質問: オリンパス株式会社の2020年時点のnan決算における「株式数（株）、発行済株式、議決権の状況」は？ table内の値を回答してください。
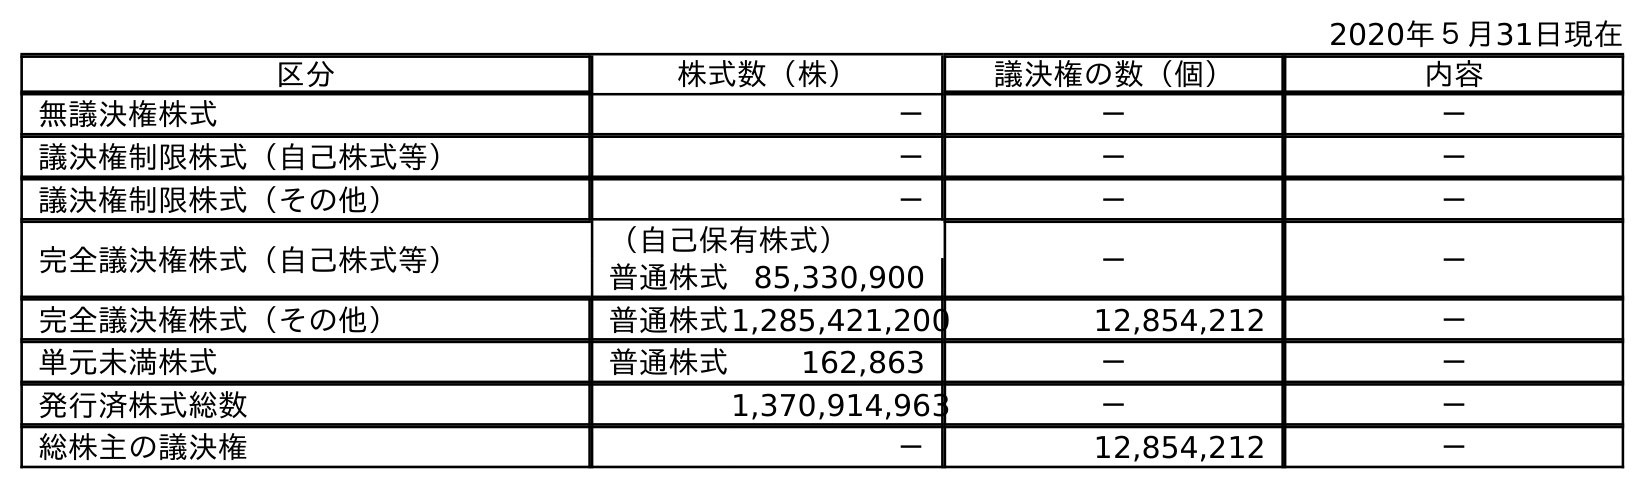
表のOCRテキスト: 2020年５月31日現在 区分 株式数（株） 議決権の数（個） 内容 無議決権株式 － － － 議決権制限株式（自己株式等） － － － 議決権制限株式（その他） － － － 完全議決権株式（自己株式等） （自己保有株式） － － 普通株式 85,330,900 完全議決権株式（その他） 普通株式1,285,421,200 12,854,212 － 単元未満株式 普通株式 162,863 － － 発行済株式総数 1,370,914,963 － － 総株主の議決権 － 12,854,212 －
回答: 1,370,914,963